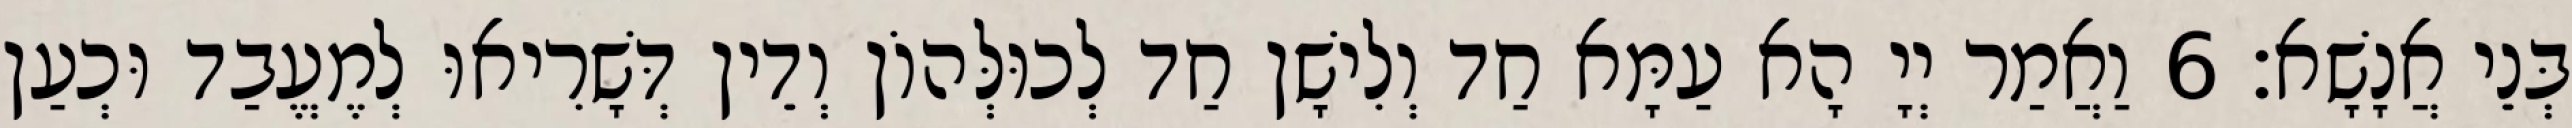
בְּנֵי אֲנָשָׁא׃ 6 וַאֲמַר יְיָ הָא עַמָּא חַד וְלִישָׁן חַד לְכוּלְּהוֹן וְדֵין דְּשָׁרִיאוּ לְמֶעֱבַד וּכְעַן